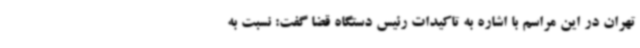
تهران در این مراسم با اشاره به تاکیدات رئیس دستگاه قضا گفت: نسبت به